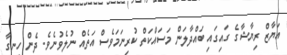
އަޔާޒް ރިޔާޝާގެ ގައިގައި ބައްދާލަން މަސައްކަތް ކުރިނަމަވެސް އަތެއް ނުލެވުނެވެ. ދެން ހިނގާ